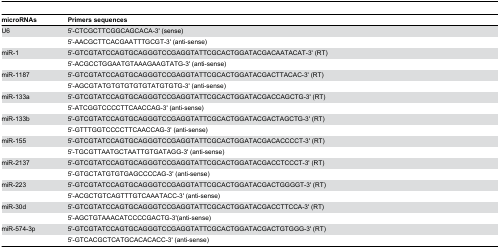
| microRNAs | Primers sequences |
 | --- | --- |
 | U6 | 5'-CTCGCTTCGGCAGCACA-3' (sense) |
 |  | 5'-AACGCTTCACGAATTTGCGT-3' (anti-sense) |
 | miR-1 | 5'-GTCGTATCCAGTGCAGGGTCCGAGGTATTCGCACTGGATACGACAATACAT-3' (RT) |
 |  | 5'-ACGCCTGGAATGTAAAGAAGTATG-3' (anti-sense) |
 | miR-1187 | 5'-GTCGTATCCAGTGCAGGGTCCGAGGTATTCGCACTGGATACGACTTACAC-3' (RT) |
 |  | 5'-AGCGTATGTGTGTGTGTATGTGTG-3' (anti-sense) |
 | miR-133a | 5'-GTCGTATCCAGTGCAGGGTCCGAGGTATTCGCACTGGATACGACCAGCTG-3' (RT) |
 |  | 5'-ATCGGTCCCCTTCAACCAG-3' (anti-sense) |
 | miR-133b | 5'-GTCGTATCCAGTGCAGGGTCCGAGGTATTCGCACTGGATACGACTAGCTG-3' (RT) |
 |  | 5'-GTTTGGTCCCCTTCAACCAG-3' (anti-sense) |
 | miR-155 | 5'-GTCGTATCCAGTGCAGGGTCCGAGGTATTCGCACTGGATACGACACCCCT-3' (RT) |
 |  | 5'-TGCGTTAATGCTAATTGTGATAGG-3' (anti-sense) |
 | miR-2137 | 5'-GTCGTATCCAGTGCAGGGTCCGAGGTATTCGCACTGGATACGACCTCCCT-3' (RT) |
 |  | 5'-GTGCTATGTGTGAGCCCCAG-3' (anti-sense) |
 | miR-223 | 5'-GTCGTATCCAGTGCAGGGTCCGAGGTATTCGCACTGGATACGACTGGGGT-3' (RT) |
 |  | 5'-ACGCTGTCAGTTTGTCAAATACC-3' (anti-sense) |
 | miR-30d | 5'-GTCGTATCCAGTGCAGGGTCCGAGGTATTCGCACTGGATACGACCTTCCA-3' (RT) |
 |  | 5'-AGCTGTAAACATCCCCGACTG-3'(anti-sense) |
 | miR-574-3p | 5'-GTCGTATCCAGTGCAGGGTCCGAGGTATTCGCACTGGATACGACTGTGGG-3' (RT) |
 |  | 5'-GTCACGCTCATGCACACACC-3' (anti-sense) |